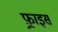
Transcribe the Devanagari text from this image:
फ़्राइस